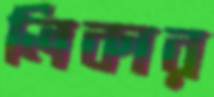
লিকার